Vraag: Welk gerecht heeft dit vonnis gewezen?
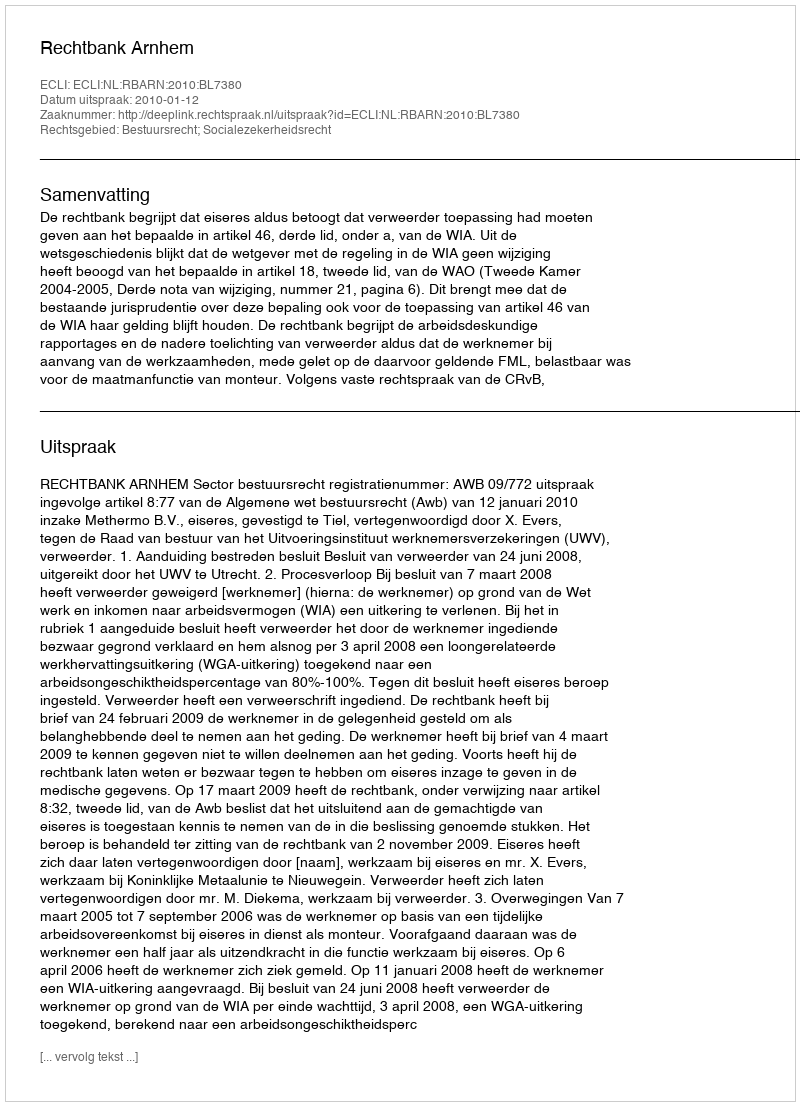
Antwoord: Rechtbank Arnhem